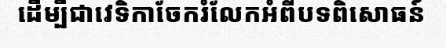
ដើម្បីជាវេទិកាចែករំលែកអំពីបទពិសោធន៍